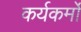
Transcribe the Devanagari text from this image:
कर्यकर्मो